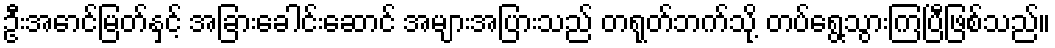
ဦးအောင်မြတ်နှင့် အခြားခေါင်းဆောင် အများအပြားသည် တရုတ်ဘက်သို့ တပ်ရွေ့သွားကြပြီဖြစ်သည်။